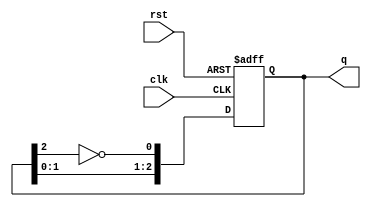
module JohnsonCounter (
    input wire clk,        // Clock signal
    input wire rst,        // Asynchronous reset
    output reg [2:0] q     // 3-bit output for the Johnson counter
);

    // State transition logic for the Johnson counter
    always @(posedge clk or posedge rst) begin
        if (rst) begin
            // Reset all flip-flops to 0
            q <= 3'b000;
        end else begin
            // Johnson counter state transitions
            q[0] <= ~q[2]; // Invert output of last flip-flop
            q[1] <= q[0];  // Shift states
            q[2] <= q[1];  // Shift states
        end
    end

endmodule